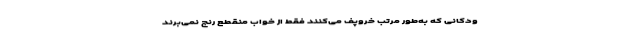
ودکانی که به‌طور مرتب خروپف می‌کنند فقط از خواب منقطع رنج نمی‌برند